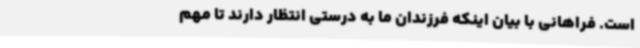
است. فراهانی با بیان اینکه فرزندان ما به درستی انتظار دارند تا مهم